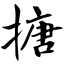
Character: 搪